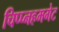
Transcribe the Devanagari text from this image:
चिप्प्नहमगेट